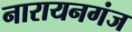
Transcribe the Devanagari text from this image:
नारायनगंज